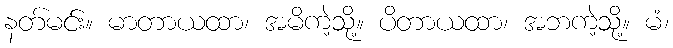
နတ်မင်း။ မာတာယထာ၊ အမိကဲ့သို့။ ပိတာယထာ၊ အဘကဲ့သို့။ မံ၊